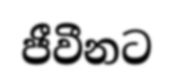
ජීවීනට